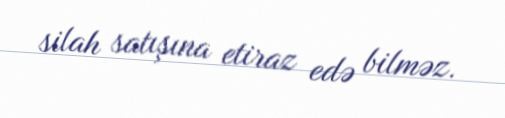
silah satışına etiraz edə bilməz.